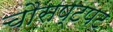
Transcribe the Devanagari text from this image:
चौसष्टपट